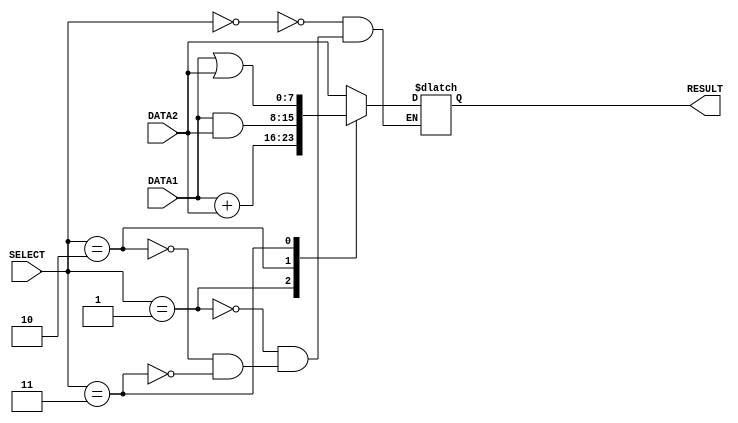
/* ALU Arithmetic and Logic Operations
----------------------------------------------------------------------
|ALU_Sel|   ALU Operation
----------------------------------------------------------------------
| 000  |   ALU_Out = 2ed operand   //forward operation
----------------------------------------------------------------------
| 001  |   ALU_Out = A + B;
----------------------------------------------------------------------
| 010  |  ALU_Out = A & B;
----------------------------------------------------------------------
| 011  |   ALU_Out = A | B;
----------------------------------------------------------------------*/
module alu(DATA1, DATA2, RESULT, SELECT);                    // module assign  
input [7:0] DATA1,DATA2;           //ALU 8-bit Inputs 
input [2:0] SELECT;                // ALU Selection
output reg [7:0] RESULT;           // ALU 8-bit Output
always @ (DATA1,DATA2,SELECT,RESULT) begin        // if data1,data2,select and result anything change this always block executed once
    case (SELECT)
        3'b000:   //forward 
         #1   RESULT=DATA2;
        3'b001: // Addition
          #2  RESULT=DATA1 + DATA2;
        3'b010:  //  Logical and
         #1   RESULT=DATA1 & DATA2;
        3'b011:  //  Logical or
         #1   RESULT= DATA1 | DATA2;
 
    endcase
end


endmodule

  

module alu_part1_test;
//Inputs
 reg[7:0] data1,data2;
 reg[2:0] ALU_Select;

//Outputs
 wire[7:0] ALU_Result;
 

 // Verilog code for ALU
 integer i;
 alu test_unit(data1,data2,             // ALU 8-bit Inputs 
                ALU_Result,       // ALU 8-bit Output
                ALU_Select);      // ALU Selection
    initial begin
    
      $dumpfile("alu_part1_wavedata.vcd");
		  $dumpvars(0, alu_part1_test);

      data1 = 8'd5;        // here we can assign data1 and data2 inputs 
      data2 = 8'd25;
      ALU_Select = 3'd0;             //assigning select 
      
      #10
      data1 = 8'd50;        // here we can assign data1 and data2 inputs 
      data2 = 8'd60;
      ALU_Select = 3'd1;

       #10
      data1 = 8'd240;        // here we can assign data1 and data2 inputs 
      data2 = 8'd15;
      ALU_Select = 3'd2;

       #10
      data1 = 8'd63;        // here we can assign data1 and data2 inputs 
      data2 = 8'd31;
      ALU_Select = 3'd3;

      #10
      $finish;

       
    end
endmodule